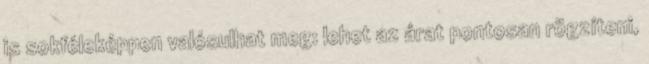
is sokféleképpen valósulhat meg: lehet az árat pontosan rögzíteni,